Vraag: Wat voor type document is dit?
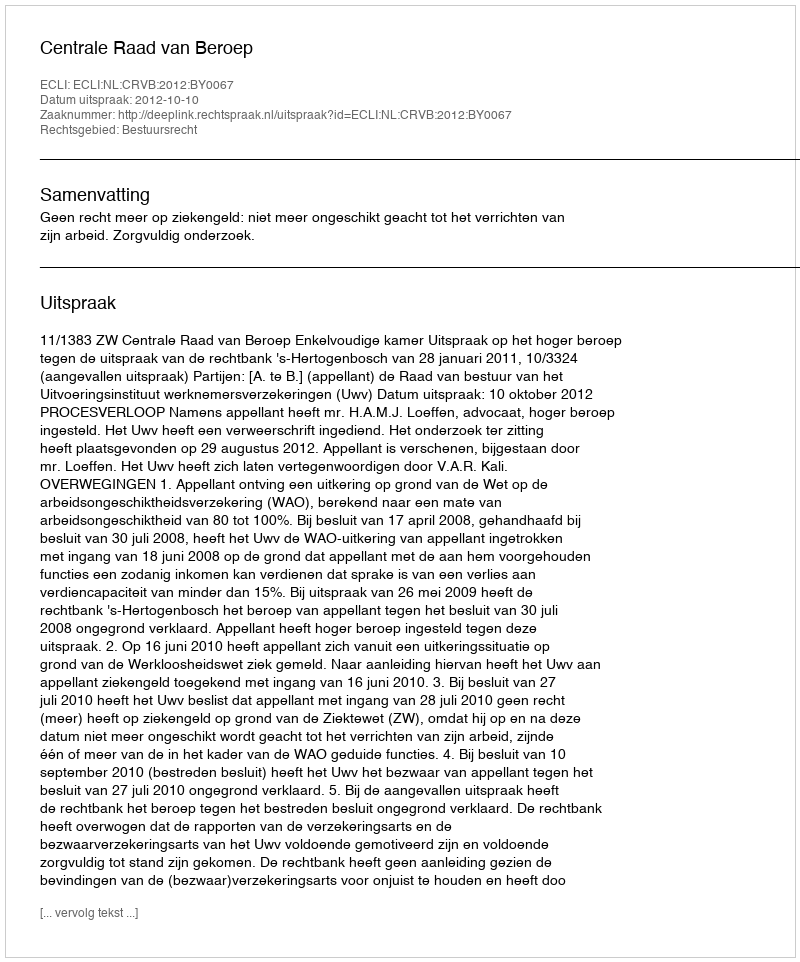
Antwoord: Uitspraak